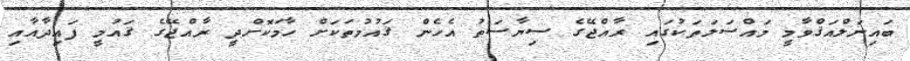
ބައިނަލްއަޤްވާމީ މައްސަލަތަކުގައި ރާއްޖޭގެ ސިޔާސަތު އެހެން ޤައުމުތަކަށް ހާމަކޮށްދީ ރާއްޖޭގެ ޤައުމީ ފައިދާއާއި